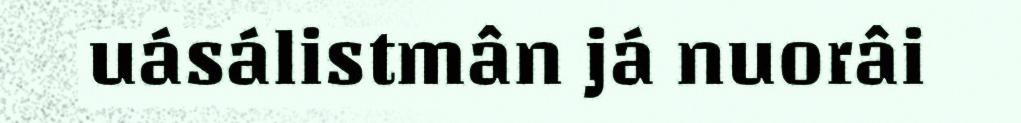
uásálistmân já nuorâi